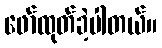
ဖော်ထုတ်ခဲ့ပါတယ်။